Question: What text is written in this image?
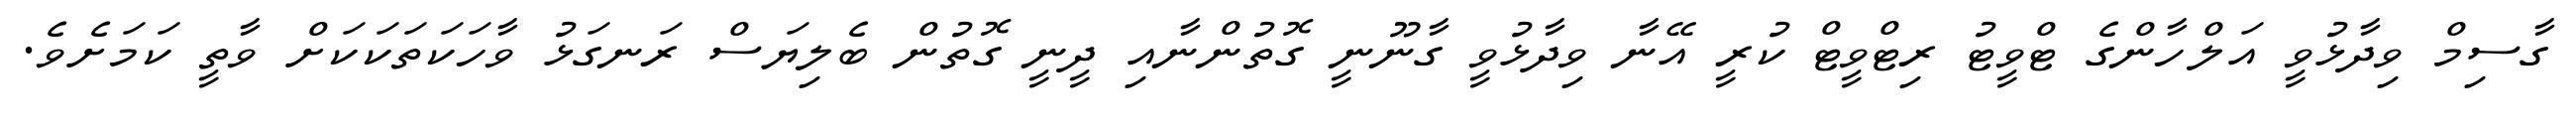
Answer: ގާސިމް ވިދާޅުވީ އަލްހާންގެ ޓްވީޓު ރިޓްވީޓް ކުރީ އޭނާ ވިދާޅުވީ ގާނޫނީ ގޮތުންނާއި ދީނީ ގޮތުން ބެލިޔަސް ރަނގަޅު ވާހަކަތަކަކަށް ވާތީ ކަމަށެވެ.